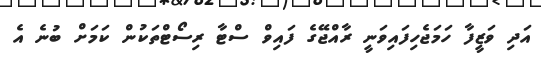
އަދި ވަޒީފާ ހަމަޖެހިފައިވަނީ ރާއްޖޭގެ ފައިވް ސްޓާ ރިސޯޓްތަކުން ކަމަށް ބުނެ އެ